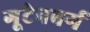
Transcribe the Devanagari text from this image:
गूटेनबर्ग